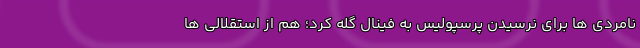
نامردی ها برای نرسیدن پرسپولیس به فینال گله کرد؛ هم از استقلالی ها